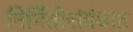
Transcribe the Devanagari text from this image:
निर्मितीसंबंधात